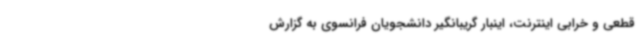
قطعی و خرابی اینترنت، اینبار گریبانگیر دانشجویان فرانسوی به گزارش